Vaccine operations Central Provinces 1900-1911 - 1900-1911
Year: 1900
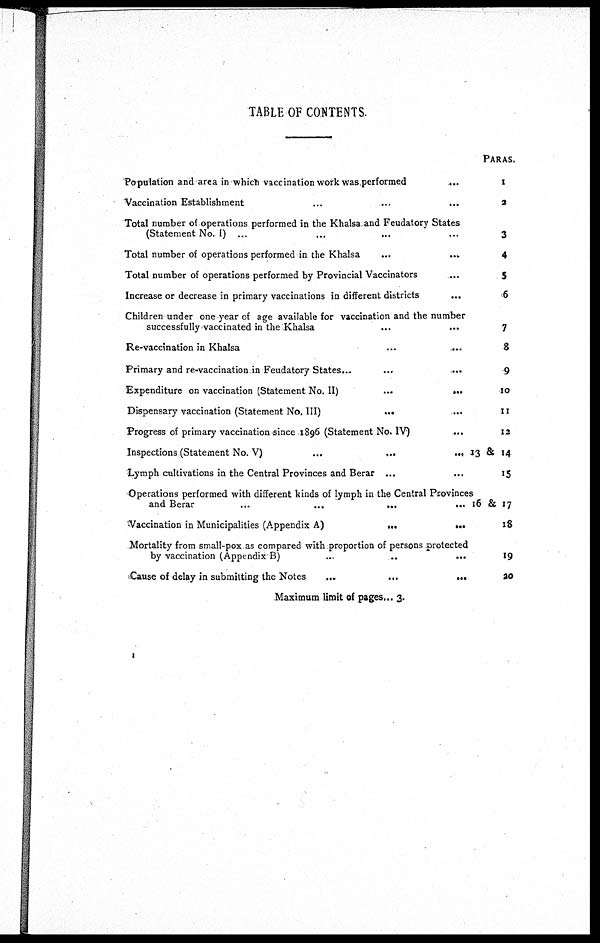
TABLE OF CONTENTS.
Population and area in which vaccination work was performed
....
Vaccination Establishment
...
...
...
Total number of operations performed in the Khalsa,and Feudatory States
(Statement No. I) ...
Total number of operations performed in the Khalsa
Total number of operations performed by Provincial Vaccinators
Increase or decrease in primary vaccinations in different districts
Children under one-year of age available for vaccination and the number
successfully vaccinated in the Khalsa
...
Re-vaccination in Khalsa
...
...
Primary and re-vaccination in Feudatory States...
...
...
Expenditure on vaccination (Statement No. II)
...
...
Dispensary vaccination (Statement No. III)
...
Progress of primary vaccination since 1896 (Statement No. IV)
...
Inspections (Statement No. V)
...
...
...
Lymph cultivations in the Central Provinces and Berar ...
...
Operations performed with different kinds of lymph in the Central Provinces
and Berar
...
...
...
...
Vaccination in Municipalities (Appendix A)
Mortality from small-pox as compared with proportion of persons protected
by vaccination (Appendix B)
...
...
...
Cause of delay in submitting the Notes
...
...
...
Maximum limit of pages... 3.
PARAS.
1
2
3
4
5
6
7
8
9
10
11
12
13 & 14
15
16 & 17
18
19
20